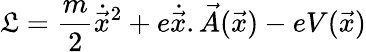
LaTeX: {\cal{\mathfrak{L}}}=\frac{{m}}{{2}}{\dot{{\vec{{x}}}}}^{2}+e\dot{{\vec{{x}}}}.\vec{{A}}(\vec{{x}})-eV(\vec{{x}})